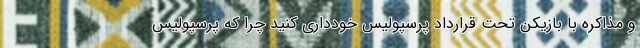
و مذاکره با بازیکن تحت قرارداد پرسپولیس خودداری کنید چرا که پرسپولیس